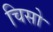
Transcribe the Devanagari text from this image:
चिसो